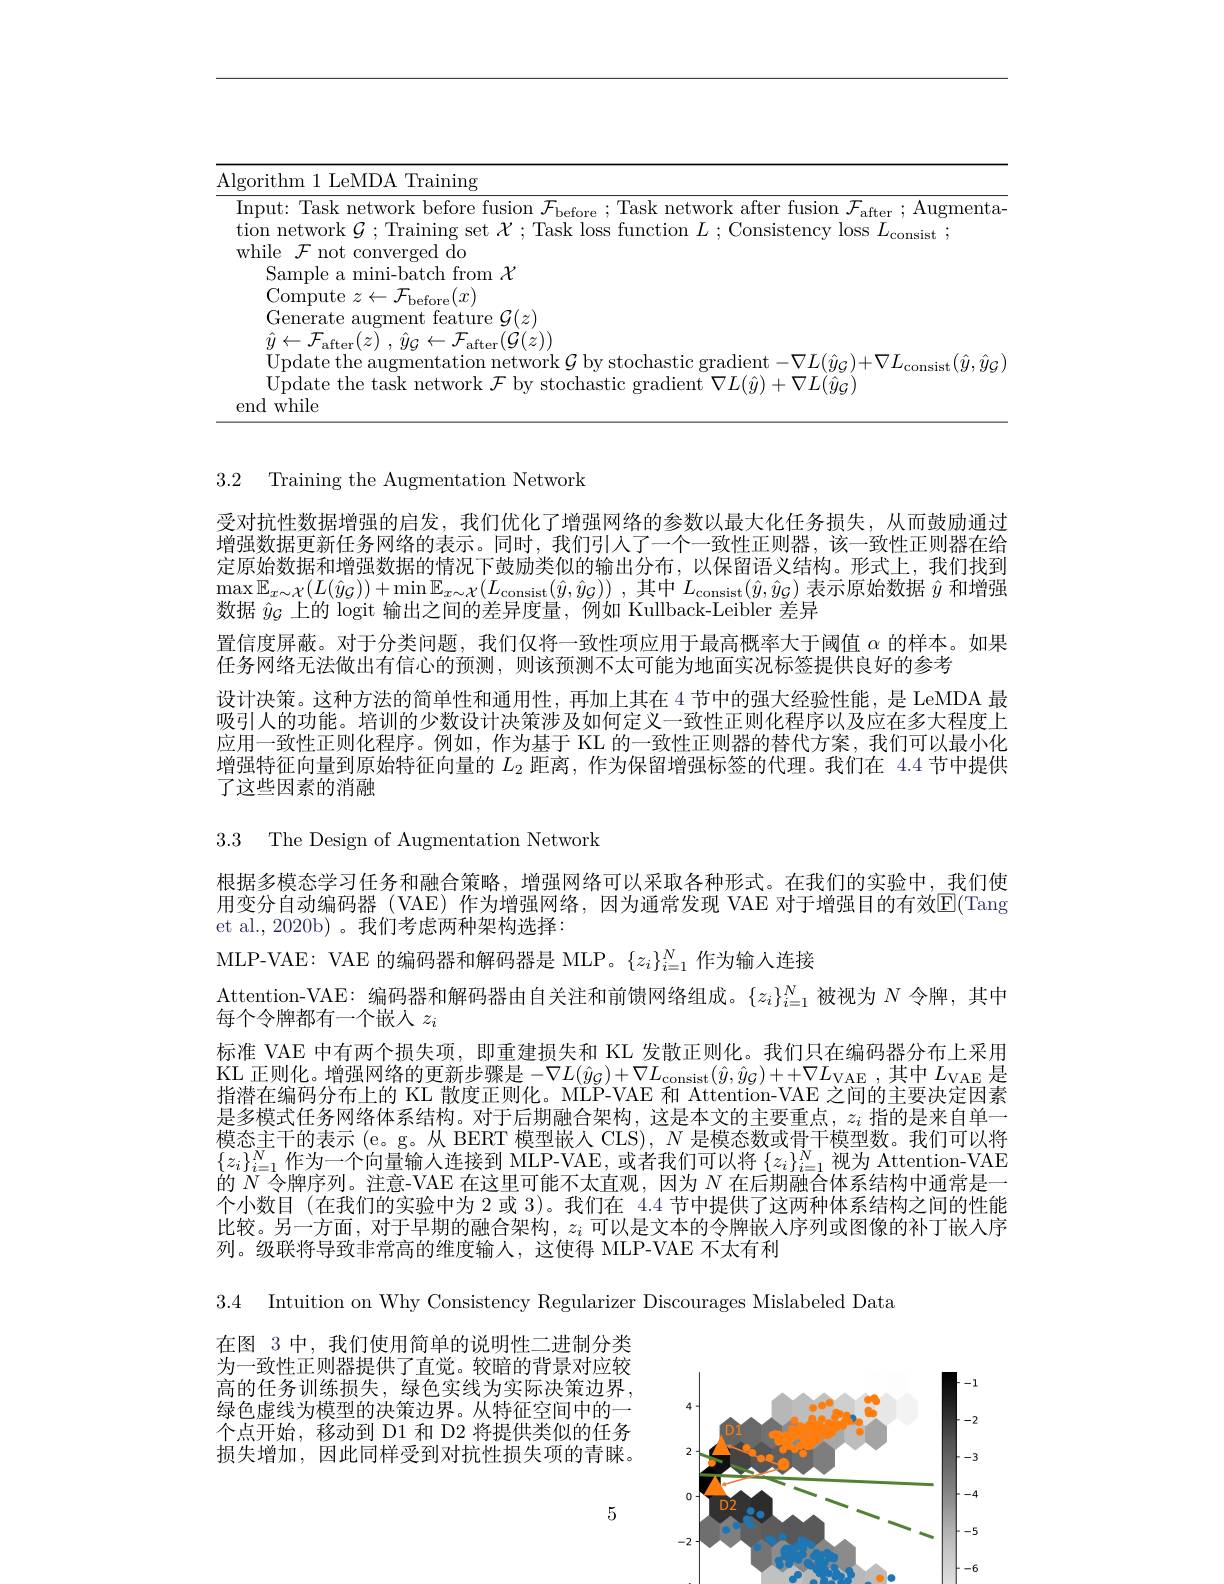
<table>
	<tbody>
		<tr>
			<td>$A$ 1 1 1 1 1 1</td>
			<td>thm 1 LeMDA Training</td>
		</tr>
		<tr>
			<td> </td>
			<td>t: Task network before fusion $\mathcal{F}_\mathrm{before~};$ Task network after fusion $\mathcal{F}_\mathrm{after~};$Augmenta network $\mathcal{G};$Training set $\mathcal{X};$ Task loss function $L;$ Consistency loss $L_\mathrm{consist};$</td>
		</tr>
		<tr>
			<td> </td>
			<td>${\mathrm{Generate~augment~feature~}\mathcal{G}}(z)$</td>
		</tr>
		<tr>
			<td> </td>
			<td>7 $\hat{y} _{\mathcal{G} }\leftarrow \mathcal{F} _{\mathrm{after}}( \mathcal{G} ( z) )$</td>
		</tr>
		<tr>
			<td> </td>
			<td>ma</td>
		</tr>
		<tr>
			<td> </td>
			<td>date the task r ast.1 adient VL $+VI_{c}(w_{c})$</td>
		</tr>
		<tr>
			<td> </td>
			<td>while</td>
		</tr>
	</tbody>
</table>

3.2 Training the Augmentation Network

受对抗性数据增强的启发，我们优化了增强网络的参数以最大化任务损失，从而鼓励通过增强数据更新任务网络的表示。同时，我们引人了一个一致性正则器，该一致性正则器在给定原始数据和增强数据的情况下鼓励类似的输出分布，以保留语义结构。形式上，我们找到$\operatorname* { max} \mathbb{E} _{x\sim \mathcal{X} }( L( \hat{y} _{\mathcal{G} }) ) + \operatorname* { min} \mathbb{E} _{x\sim \mathcal{X} }( L_{\mathrm{consist}}( \hat{y} , \hat{y} _{\mathcal{G} }) )$ ,其中$L_\mathrm{consist}(\hat{y},\hat{y}_{\mathcal{G}})$表示原始数据$\hat{y}$和增强数据$\hat{y}_{\mathcal{C}}$上的 logit 输出之间的差异度量，例如 Kullback-Leibler 差异
置信度屏蔽。对于分类问题，我们仅将一致性项应用于最高概率大于阈值$\alpha$的样本。如果
任务网络无法做出有信心的预测，则该预测不太可能为地面实况标签提供良好的参考
设计决策。这种方法的简单性和通用性，再加上其在 4 节中的强大经验性能，是 LeMDA 最吸引人的功能。培训的少数设计决策涉及如何定义一致性正则化程序以及应在多大程度上应用一致性正则化程序。例如，作为基于 KL 的一致性正则器的替代方案，我们可以最小化增强特征向量到原始特征向量的$L_{2}$距离，作为保留增强标签的代理。我们在 4.4 节中提供了这些因素的消融

3.3 The Design of Augmentation Network

根据多模态学习任务和融合策略，增强网络可以采取各种形式。在我们的实验中，我们使用变分自动编码器 (VAE) 作为增强网络，因为通常发现 VAE 对于增强目的有效$\mathbb{E}($Tang et al., 2020b) 。我们考虑两种架构选择：
MLP-VAE: VAE 的编码器和解码器是 MLP。$\{z_i\}_{i=1}^N$作为输人连接
Attention-VAE: 编码器和解码器由自关注和前馈网络组成。$\{z_i\}_{i=1}^N$被视为$N$令牌，其中
每个令牌都有一个嵌入$z_i$
标准 VAE 中有两个损失项，即重建损失和 KL 发散正则化。我们只在编码器分布上采用$\begin{array}{c}\mathrm{KL}&\text{正则化。增强网络的更新步骤是}-\nabla L(\hat{y}_{\mathcal{G}})+\nabla L_{\mathrm{consist}}(\hat{y},\hat{y}_{\mathcal{G}})++\nabla L_{\mathrm{VAE}}\end{array}$,其中$L_\mathrm{VAE}$ 是指潜在编码分布上的 KL 散度正则化。MLP-VAE 和 Attention-VAE 之间的主要决定因素是多模式任务网络体系结构。对于后期融合架构，这是本文的主要重点，$z_i$指的是来自单一模态主干的表示 (e。g。从 BERT 模型嵌人 CLS), $N$是模态数或骨干模型数。我们可以将$\{z_i\}_{i=1}^N$作为一个向量输人连接到 MLP-VAE, 或者我们可以将 $\{z_i\}_i=1^N$视为 Attention-VAE 的$N$令牌序列。注意-VAE 在这里可能不太直观，因为$N$在后期融合体系结构中通常是一个小数目(在我们的实验中为 2 或 3)。我们在 4.4 节中提供了这两种体系结构之间的性能比较。另一方面，对于早期的融合架构，$z_i$可以是文本的令牌嵌人序列或图像的补丁嵌入序列。级联将导致非常高的维度输人，这使得 MLP-VAE 不太有利

3.4 Intuition on Why Consistency Regularizer Discourages Mislabeled Data

在图 3 中，我们使用简单的说明性二进制分类为一致性正则器提供了直觉。较暗的背景对应较高的任务训练损失，绿色实线为实际决策边界， 绿色虚线为模型的决策边界。从特征空间中的一个点开始，移动到 D1 和 D2 将提供类似的任务损失增加，因此同样受到对抗性损失项的青睐。

<FigureHere>

5